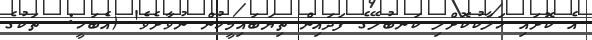
އެ ކޮށައި ހަލާކުކޮށްލި ކަނބުލޭގެ ފަދައިން ތިޔަބައިމީހުން ނުވާށެވެ! (އެބަހީ:  ތަކުގެ